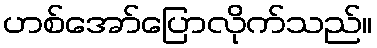
ဟစ်အော်ပြောလိုက်သည်။